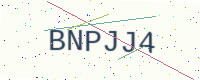
Text: BNPJJ4